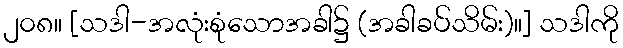
၂၀၈။ [သဒါ-အလုံးစုံသောအခါ၌ (အခါခပ်သိမ်း)။] သဒါကို